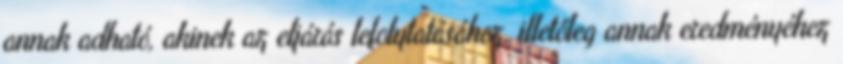
annak adható, akinek az eljárás lefolytatásához, illetőleg annak eredményéhez